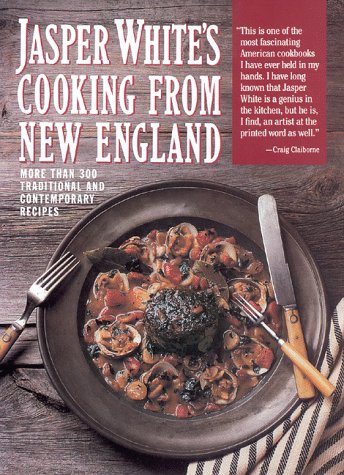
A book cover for Jasper White's Cooking from New England: More Than 300 Traditional Contemporary Recipes; Jasper White; Cookbooks, Food & Wine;